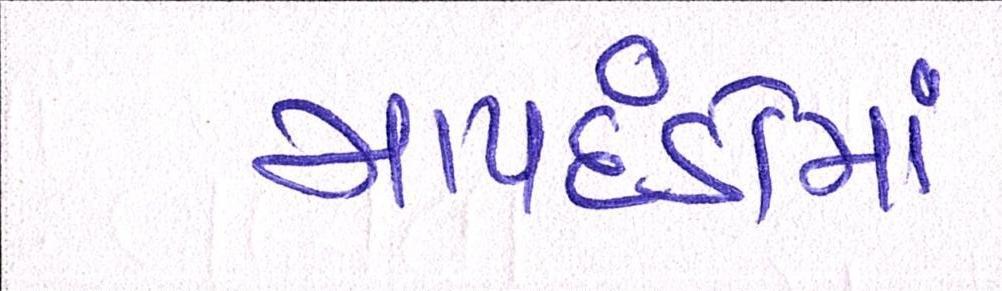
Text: માપદંડોમાં